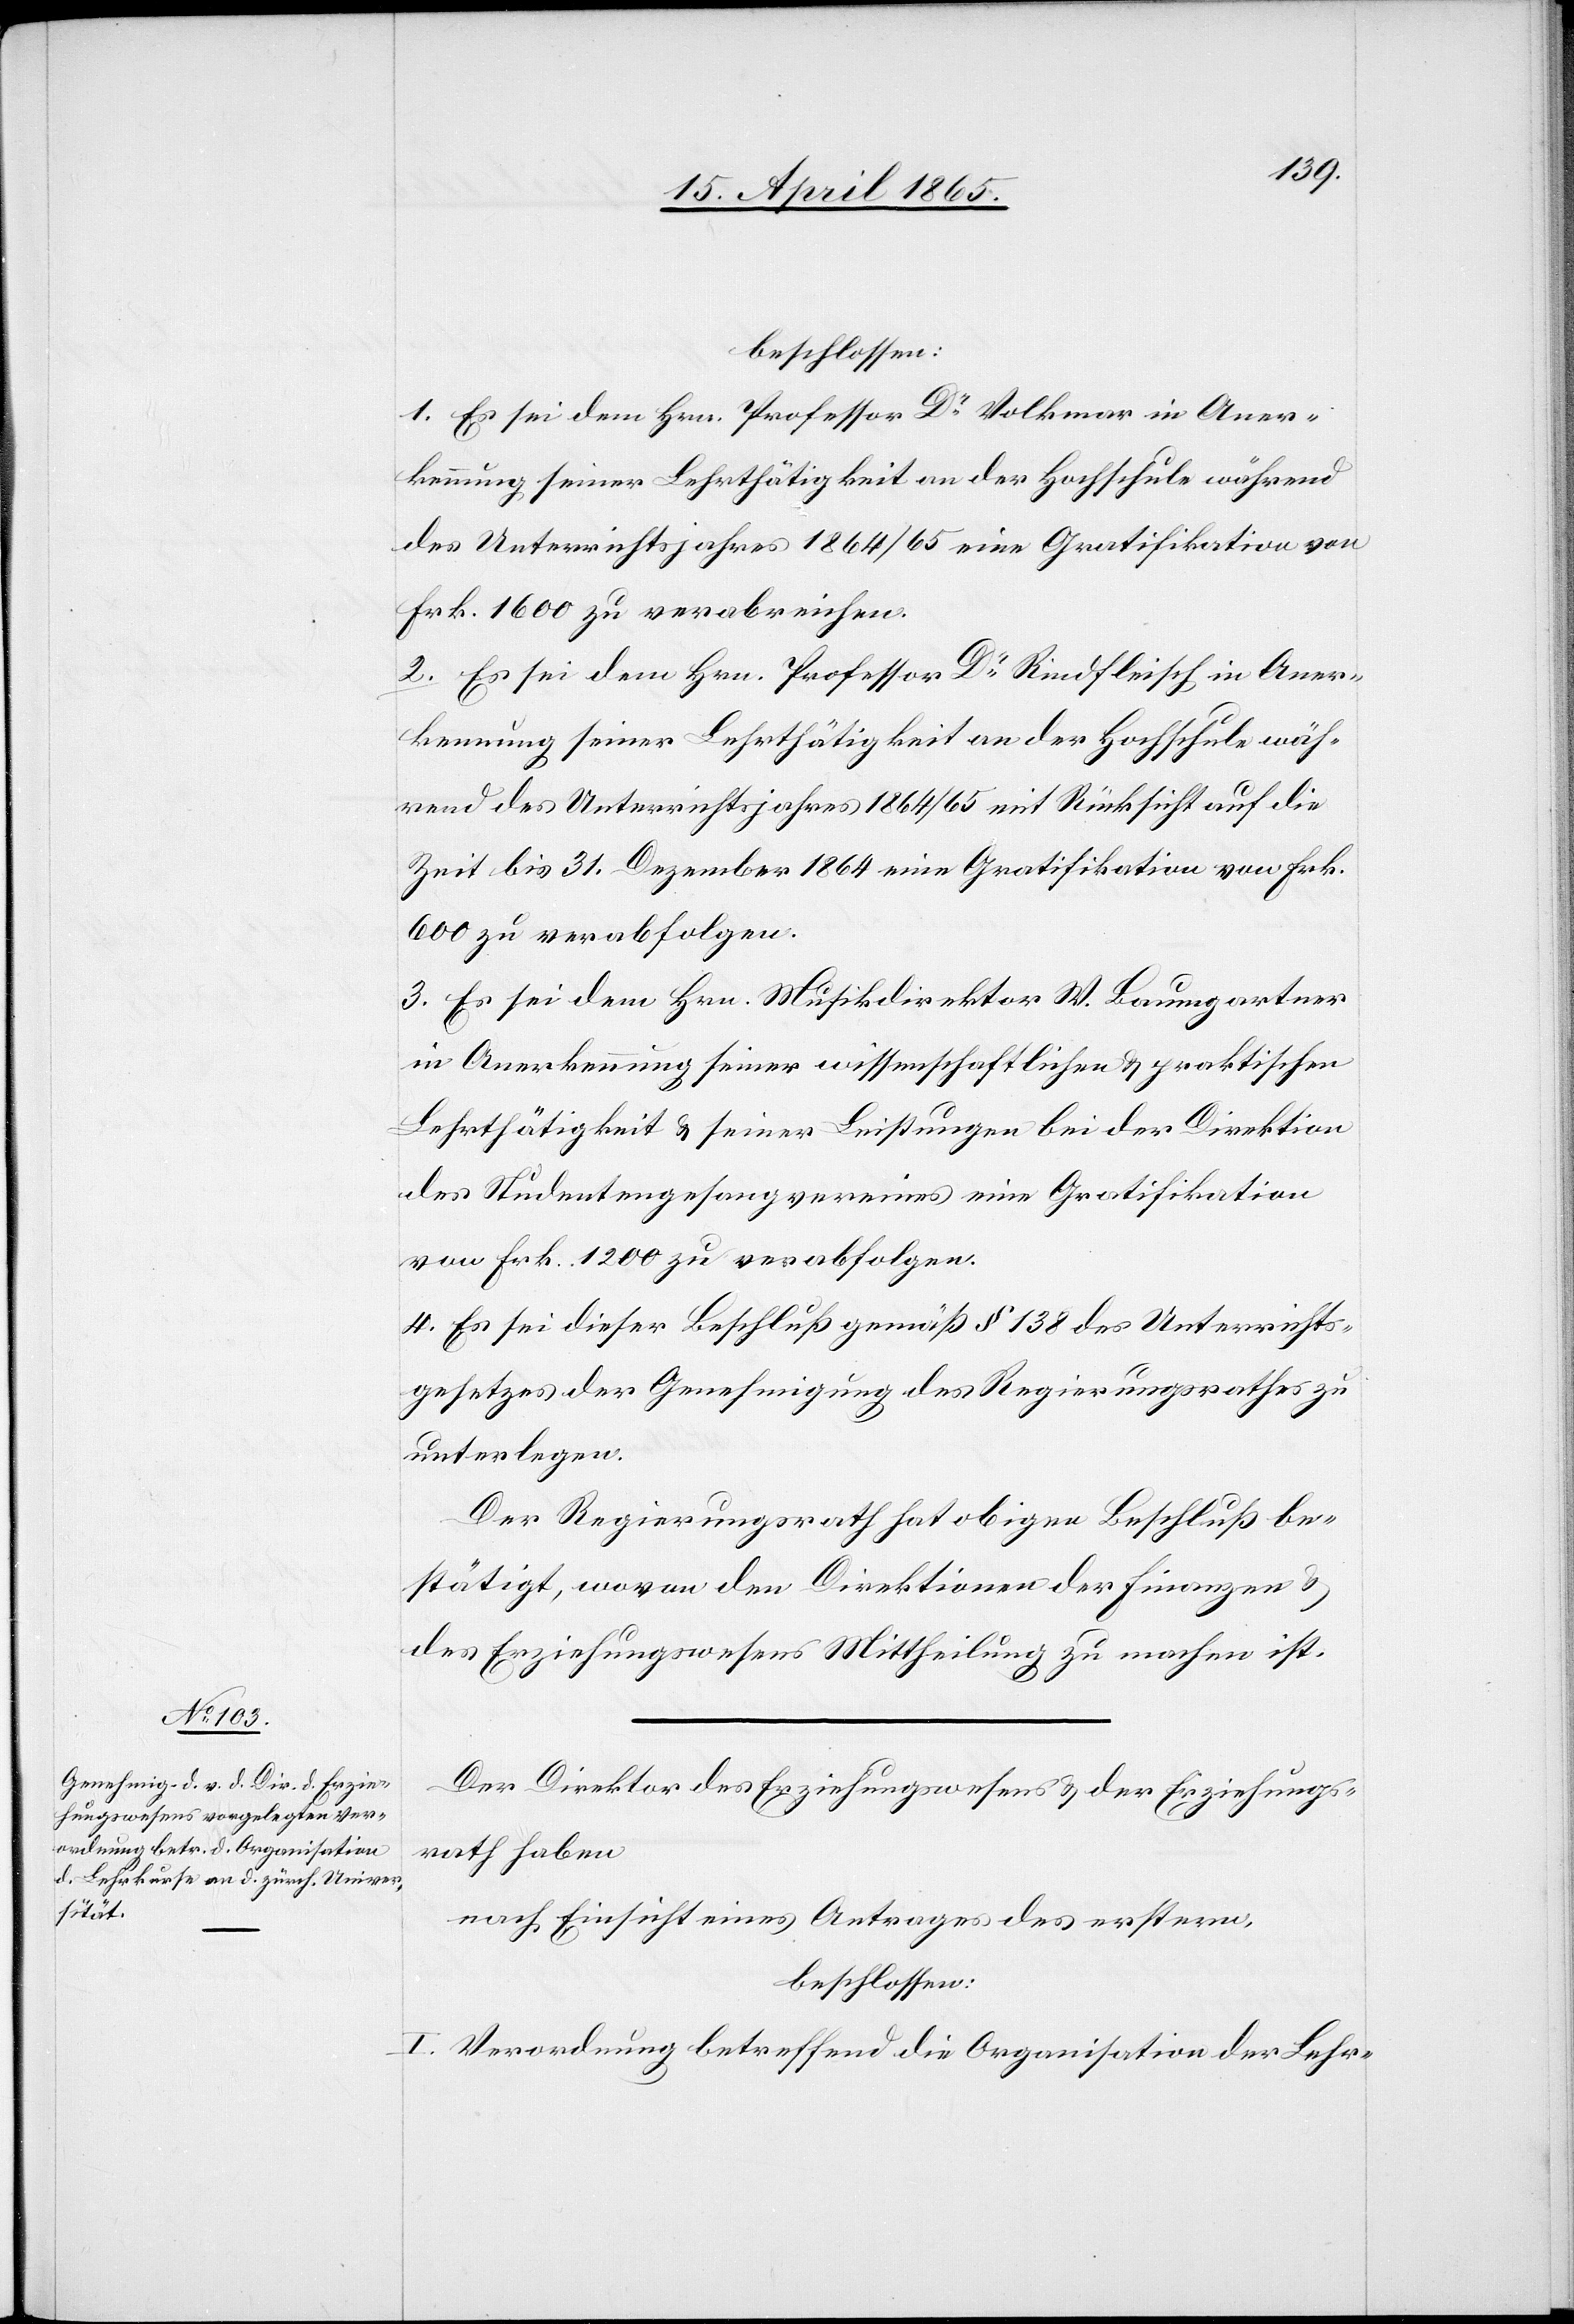
beschlossen:
1. Es sei dem Hrn. Professor Dr Volkmar in Aner¬
kennung seiner Lehrthätigkeit an der Hochschule während
des Unterrichtsjahres 1864/65 eine Gratifikation von
Frk. 1600 zu verabreichen.
2. Es sei dem Hrn. Professor Dr Rindfleisch in Aner¬
kennung seiner Lehrthätigkeit an der Hochschule wäh¬
rend des Unterrichtsjahres 1864/65 mit Rücksicht auf die
Zeit bis 31. Dezember 1864 eine Gratifikation von Frk.
600 zu verabfolgen.
3. Es sei dem Hrn. Musikdirektor W. Baumgartner
in Anerkennung seiner wissenschaftlichen & praktischen
Lehrthätigkeit & seiner Leistungen bei der Direktion
des Studentengesangvereines eine Gratifikation
von Frk. 1200 zu verabfolgen.
4. Es sei dieser Beschluß gemäß § 138 des Unterrichts¬
gesetzes der Genehmigung des Regierungsrathes zu
unterlegen.
Der Regierungsrath hat obigen Beschluß be¬
stätigt, wovon den Direktionen der Finanzen &
des Erziehungswesens Mittheilung zu machen ist.
Der Direktor des Erziehungswesens & der Erziehungs¬
rath haben
nach Einsicht eines Antrages des erstern,
beschlossen:
I. Verordnung betreffend die Organisation der Lehr-